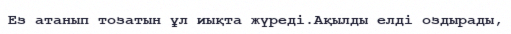
Ез атанып тозатын ұл иықта жүреді.Ақылды елді оздырады,